Vaccination in the Punjab 1919-1929 - 1919-1929
Year: 1919
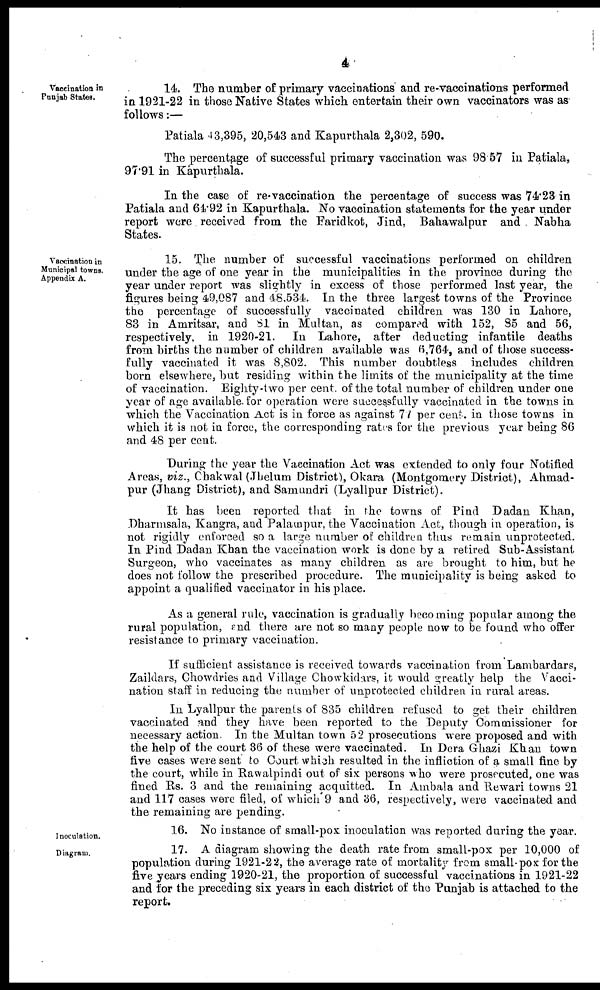
4
Vaccination in
Punjab States.
14. The number of primary vaccinations and re-vaccinations performed
in 1921-22 in those Native States which entertain their own vaccinators was as
follows:—
Patiala 43,395, 20,543 and Kapurthala 2,302, 590.
The percentage of successful primary vaccination was 98.57 in Patiala,
97.91 in Kapurthala.
In the case of re-vaccination the percentage of success was 74.23 in
Patiala and 64.92 in Kapurthala. No vaccination statements for the year under
report were received from the Faridkot, Jind, Bahawalpur and Nabha
States.
Vaccination in
Municipal towns.
Appendix A.
15. The number of successful vaccinations performed on children
under the age of one year in the municipalities in the province during the
year under report was slightly in excess of those performed last year, the
figures being 49,087 and 48,534. In the three largest towns of the Province
the percentage of successfully vaccinated children was 130 in Lahore,
83 in Amritsar, and 81 in Multan, as compared with 152, 85 and 56,
respectively, in 1920-21. In Lahore, after deducting infantile deaths
from births the number of children available was 6,764, and of those success-
fully vaccinated it was 8,802. This number doubtless includes children
born elsewhere, but residing within the limits of the municipality at the time
of vaccination. Eighty-two per cent. of the total number of children under one
year of age available for operation were successfully vaccinated in the towns in
which the Vaccination Act is in force as against 71 per cent. in those towns in
which it is not in force, the corresponding rates for the previous year being 86
and 48 per cent.
During the year the Vaccination Act was extended to only four Notified
Areas, viz., Chakwal (Jhelum District), Okara (Montgomery District), Ahmad¬
pur (Jhang District), and Samundri (Lyallpur District).
It has been reported that in the towns of Pind Dadan Khan,
Dharmsala, Kangra, and Palampur, the Vaccination Act, though in operation, is
not rigidly enforced so a large number of children thus remain unprotected.
In Pind Dadan Khan the vaccination work is done by a retired Sub-Assistant
Surgeon, who vaccinates as many children as are brought to him, but he
does not follow the prescribed procedure. The municipality is being asked to
appoint a qualified vaccinator in his place.
As a general rule, vaccination is gradually becoming popular among the
rural population, and there are not so many people now to be found who offer
resistance to primary vaccination.
If sufficient assistance is received towards vaccination from Lambardars,
Zaildars, Chowdries and Village Chowkidars, it would greatly help the Vacci-
nation staff in reducing the number of unprotected children in rural areas.
In Lyallpur the parents of 835 children refused to get their children
vaccinated and they have been reported to the Deputy Commissioner for
necessary action In the Multan town 52 prosecutions were proposed and with
the help of the court 36 of these were vaccinated. In Dera Ghazi Khan town
five cases were sent to Court which resulted in the infliction of a small fine by
the court, while in Rawalpindi out of six persons who were prosecuted, one was
fined Rs. 3 and the remaining acquitted. In Ambala and Rewari towns 21
and 117 cases were filed, of which 9 and 36, respectively, were vaccinated and
the remaining are pending.
Inoculation.
16. No instance of small-pox inoculation was reported during the year.
Diagram.
17. A diagram showing the death rate from small-pox per 10,000 of
population during 1921-22, the average rate of mortality from small-pox for the
five years ending 1920-21, the proportion of successful vaccinations in 1921-22
and for the preceding six years in each district of the Punjab is attached to the
report.